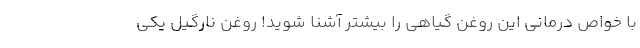
با خواص درمانی این روغن گیاهی را بیشتر آشنا شوید! روغن نارگیل یکی